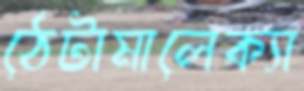
ঠেটামালেক্যা